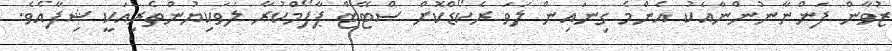
ޒުވާން ފަންނާނުންނާއެކު އެންމެ ގިނައިން ލަވަ ރެކޯޑްކޮށް ސްޓޭޓް ޕާފޯމްކުރާ ލަވަކިޔުންތެރިއަކީ ޝިފާއެވެ.